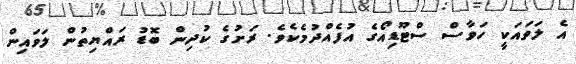
އެ ލަވައަކީ ހަވާސް ސްޓޫޑިއޯގެ އުފެއްދުމެކެވެ. ރަށުގެ ކުދިން ބޮޑު ރައްޔިތުން ލަވައިން